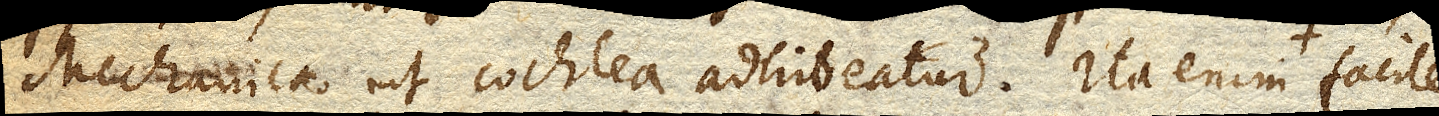
Mechanica ut cochlea adhibeatur. Ita enim facile